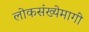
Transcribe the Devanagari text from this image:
लोकसंख्येमागी